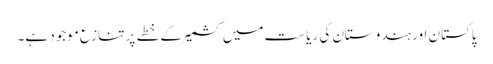
پاکستان اور ہندوستان کی ریاست میں کشمیر کے خطے پر تنازع موجود ہے۔